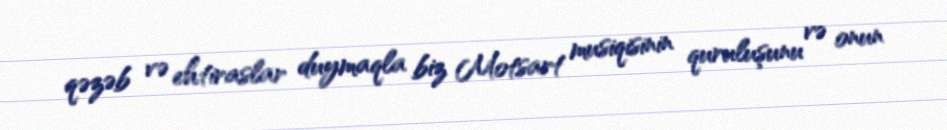
qəzəb və ehtiraslar duymaqla biz Motsart musiqisinin quruluşunu və onun